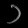
Digit: ၁